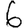
Digit: 6